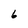
Character: 6